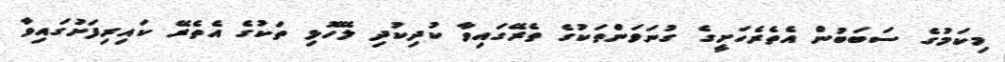
މިކަމުގެ ސަބަބުން އެތެރެހަށީގެ ގުނަވަންތަކުގެ ތެރޭގައިވާ ކުދިކުދި ލޭހޮޅި ތަކުގެ އެތެރޭ ކައިރިފަށުގައިވާ